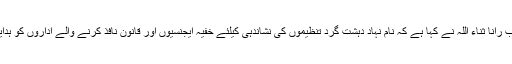
2014ء) وزیرقانون پنجاب رانا ثناء اللہ نے کہا ہے کہ نام نہاد دہشت گرد تنظیموں کی نشاندہی کیلئے خفیہ ایجنسیوں اور قانون نافذ کرنے والے اداروں کو ہدایات جاری کردی گئی ہیں۔